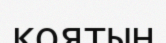
коятын